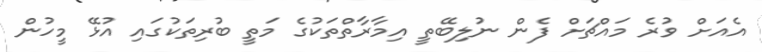
އެއަށް ވުރެ މައްޗަށް ފެން ނުލިބޭތީ އިމާރާތްތަކުގެ މަތީ ބުރިތަކުގައި އުޅޭ މީހުން